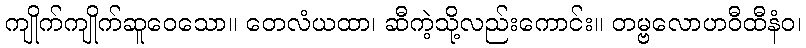
ကျိုက်ကျိုက်ဆူဝေသော။ တေလံယထာ၊ ဆီကဲ့သို့လည်းကောင်း။ တမ္ဗလောဟဝီထီနံဝ၊